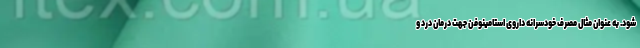
شود. به عنوان مثال مصرف خودسرانه داروی استامینوفن جهت درمان درد و